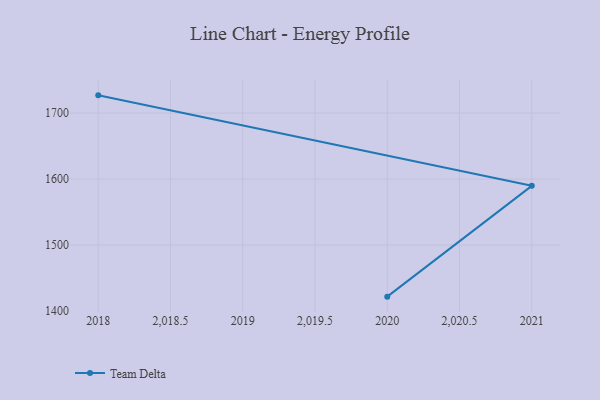
{"axis": {"x": "Year", "y": "Bounce Rate (%)"}, "legend": ["Team Delta"], "data": [{"x": "2018", "y": 1726.9, "type": "Team Delta"}, {"x": "2021", "y": 1589.8, "type": "Team Delta"}, {"x": "2020", "y": 1421.9, "type": "Team Delta"}]}